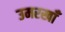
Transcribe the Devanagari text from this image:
उमरखाँ